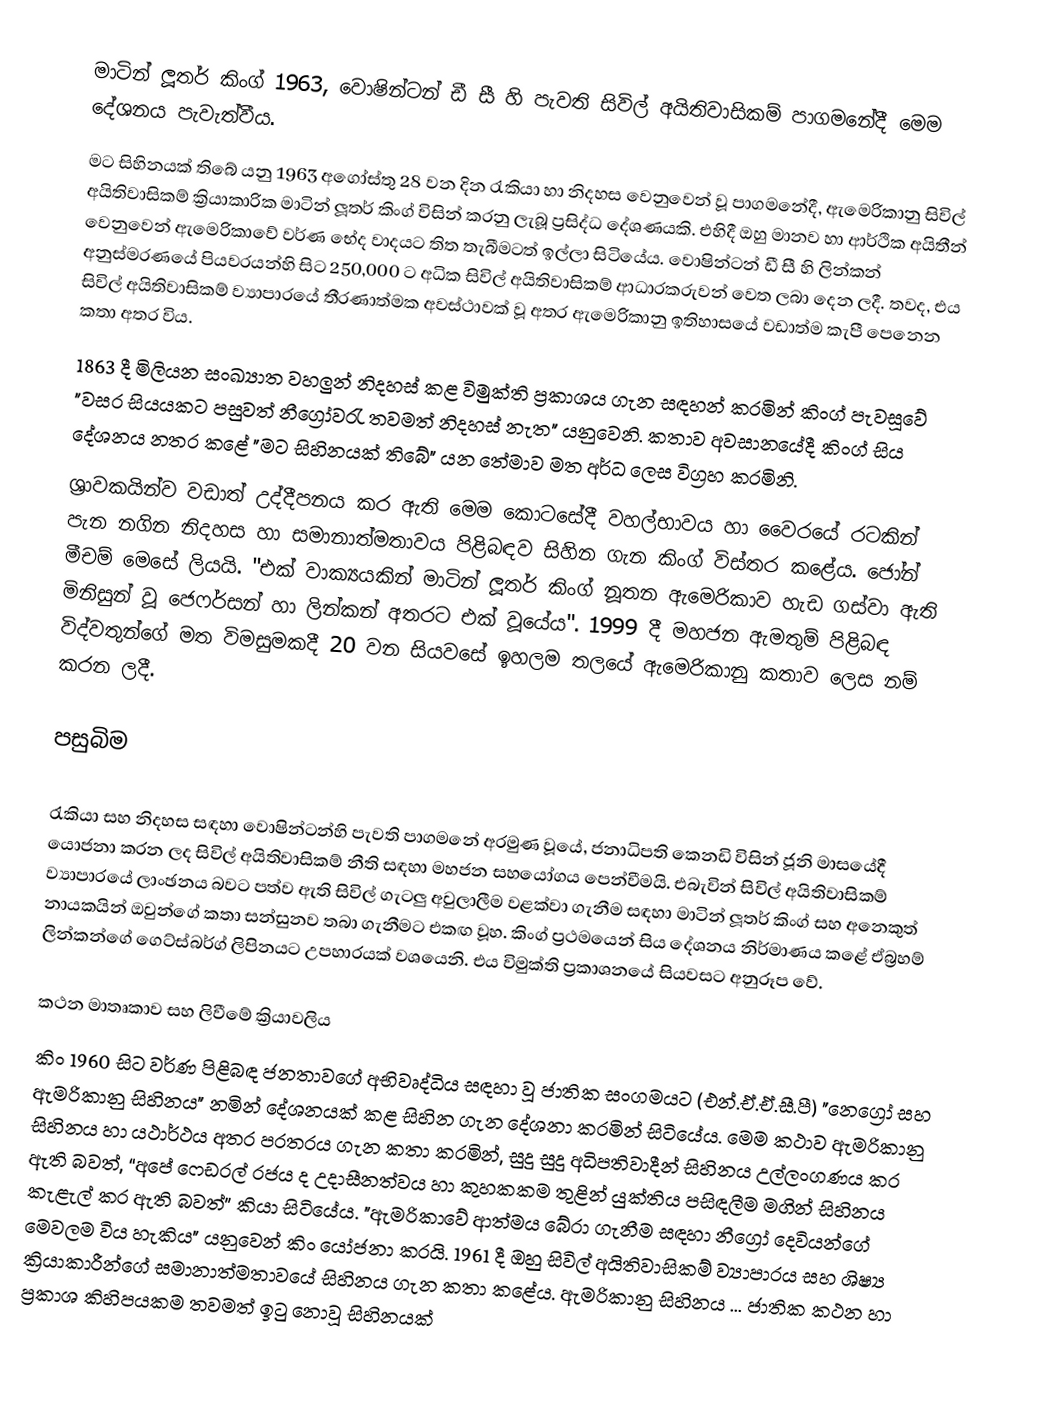
මාටින් ලූතර් කිංග් 1963, වොෂින්ටන් ඩී සී හි පැවති සිවිල් අයිතිවාසිකම් පාගමනේදී මෙම දේශනය පැවැත්වීය.
මට සිහිනයක් තිබේ යනු 1963 අගෝස්තු 28 වන දින රැකියා හා නිදහස වෙනුවෙන් වූ පාගමනේදී, ඇමෙරිකානු සිවිල් අයිතිවාසිකම් ක්‍රියාකාරික මාටින් ලූතර් කිංග් විසින් කරනු ලැබූ ප්‍රසිද්ධ දේශණයකි. එහිදී ඔහු මානව හා ආර්ථික අයිතීන් වෙනුවෙන් ඇමෙරිකාවේ වර්ණ භේද වාදයට තිත තැබීමටත් ඉල්ලා සිටියේය. වොෂින්ටන් ඩී සී හි ලින්කන් අනුස්මරණයේ පියවරයන්හි සිට 250,000 ට අධික සිවිල් අයිතිවාසිකම් ආධාරකරුවන් වෙත ලබා දෙන ලදී. තවද, එය සිවිල් අයිතිවාසිකම් ව්‍යාපාරයේ තීරණාත්මක අවස්ථාවක් වූ අතර ඇමෙරිකානු ඉතිහාසයේ වඩාත්ම කැපී පෙනෙන කතා අතර විය.
1863 දී මිලියන සංඛ්‍යාත වහලුන් නිදහස් කළ විමුක්ති ප්‍රකාශය ගැන සඳහන් කරමින් කිංග් පැවසූවේ "වසර සියයකට පසුවත් නීග්‍රෝවරැ තවමත් නිදහස් නැත" යනුවෙනි. කතාව අවසානයේදී කිංග් සිය දේශනය නතර කළේ "මට සිහිනයක් තිබේ" යන තේමාව මත අර්ධ ලෙස විග්‍රහ කරමිනි.
ශ්‍රාවකයින්ව වඩාත් උද්දීපනය කර ඇති මෙම කොටසේදී වහල්භාවය හා වෛරයේ රටකින් පැන නගින නිදහස හා සමානාත්මතාවය පිළිබඳව සිහින ගැන කිංග් විස්තර කළේය. ජෝන් මීචම් මෙසේ ලියයි. "එක් වාක්‍යයකින් මාටින් ලූතර් කිංග් නූතන ඇමෙරිකාව හැඩ ගස්වා ඇති මිනිසුන් වූ ජෙෆර්සන් හා ලින්කන් අතරට එක් වූයේය". 1999 දී මහජන ඇමතුම් පිළිබඳ විද්වතුන්ගේ මත විමසුමකදී 20 වන සියවසේ ඉහලම තලයේ ඇමෙරිකානු කතාව ලෙස නම් කරන ලදී.

පසුබිම

රැකියා සහ නිදහස සඳහා වොෂින්ටන්හි පැවති පාගමනේ අරමුණ වූයේ, ජනාධිපති කෙනඩි විසින් ජූනි මාසයේදී යොජනා කරන ලද සිවිල් අයිතිවාසිකම් නීති සඳහා මහජන සහයෝගය පෙන්වීමයි. එබැවින් සිවිල් අයිතිවාසිකම් ව්‍යාපාරයේ ලාංඡනය බවට පත්ව ඇති සිවිල් ගැටලු අවුලාලීම වළක්වා ගැනීම සඳහා මාටින් ලූතර් කිංග් සහ අනෙකුත් නායකයින් ඔවුන්ගේ කතා සන්සුනව තබා ගැනීමට එකඟ වූහ. කිංග් ප්‍රථමයෙන් සිය දේශනය නිර්මාණය කළේ ඒබ්‍රහම් ලින්කන්ගේ ගෙට්ස්බර්ග් ලිපිනයට උපහාරයක් වශයෙනි. එය විමුක්ති ප්‍රකාශනයේ සියවසට අනුරූප වේ.

කථන මාතෘකාව සහ ලිවීමේ ක්‍රියාවලිය
කිං 1960 සිට වර්ණ පිළිබඳ ජනතාවගේ අභිවෘද්ධිය සඳහා වූ ජාතික සංගමයට (එන්.ඒ.ඒ.සී.පී) "නෙග්‍රෝ සහ ඇමරිකානු සිහිනය" නමින් දේශනයක් කළ සිහින ගැන දේශනා කරමින් සිටියේය. මෙම කථාව ඇමරිකානු සිහිනය හා යථාර්ථය අතර පරතරය ගැන කතා කරමින්, සුදු සුදු අධිපතිවාදීන් සිහිනය උල්ලංගණය කර ඇති බවත්, “අපේ ෆෙඩරල් රජය ද උදාසීනත්වය හා කුහකකම තුළින් යුක්තිය පසිඳලීම මගින් සිහිනය කැළැල් කර ඇති බවත්” කියා සිටියේය. "ඇමරිකාවේ ආත්මය බේරා ගැනීම සඳහා නීග්‍රෝ දෙවියන්ගේ මෙවලම විය හැකිය" යනුවෙන් කිං යෝජනා කරයි. 1961 දී ඔහු සිවිල් අයිතිවාසිකම් ව්‍යාපාරය සහ ශිෂ්‍ය ක්‍රියාකාරීන්ගේ සමානාත්මතාවයේ සිහිනය ගැන කතා කළේය. ඇමරිකානු සිහිනය ... ජාතික කථන හා ප්‍රකාශ කිහිපයකම තවමත් ඉටු නොවූ සිහිනයක්